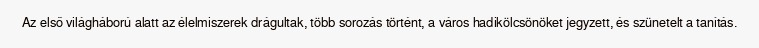
Az első világháború alatt az élelmiszerek drágultak, több sorozás történt, a város hadikölcsönöket jegyzett, és szünetelt a tanítás.